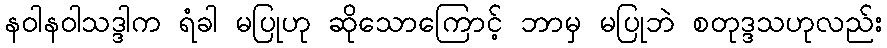
နဝါနဝါသဒ္ဒါက ရံခါ မပြုဟု ဆိုသောကြောင့် ဘာမှ မပြုဘဲ စတုဒ္ဒသဟုလည်း